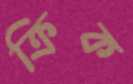
ক্রিক